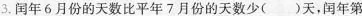
3.闰年6月份的天数比平年7月份的天数少()天，闰年第